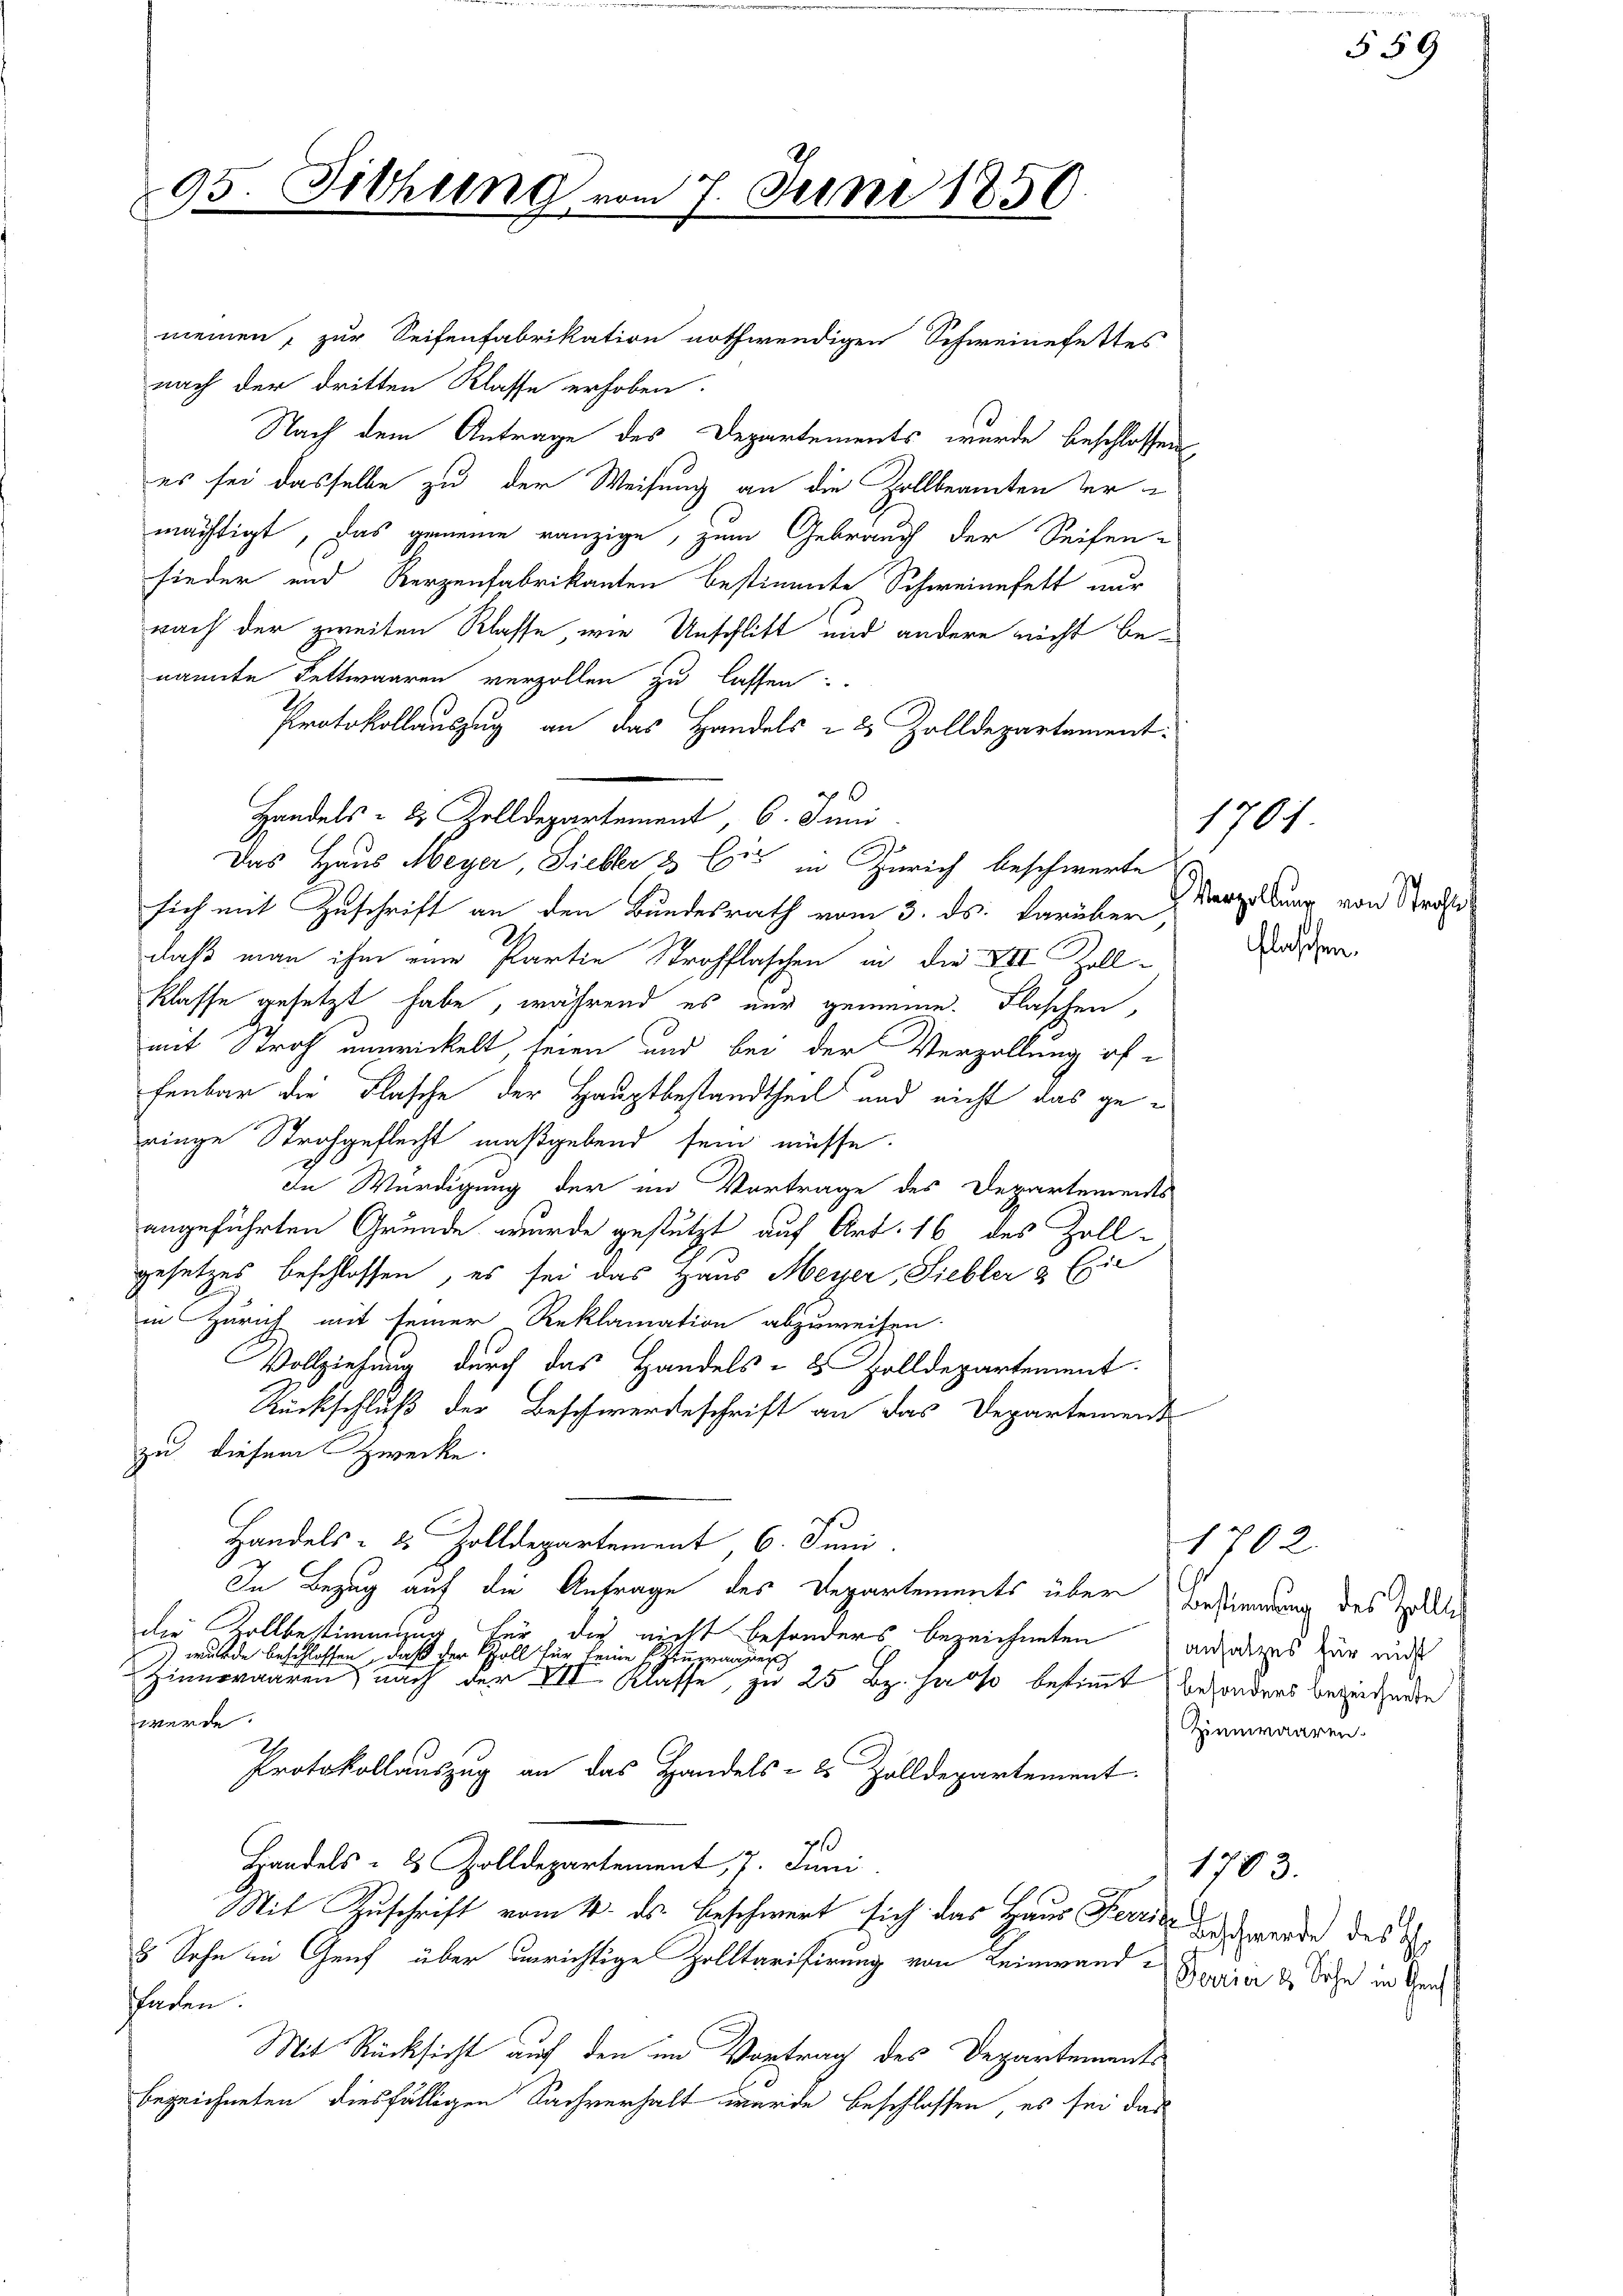
meinen, zur Seifenfabrikation nothwendigen Schweinefettes
nach der dritten Klasse erhoben.
Nach dem Antrage des Departements wurde beschlossen
es sei dasselbe zu der Weisung an die Zollbeamten vermächtigt, das gemeine ranzige, zum Gebrauch der Seifen-
fieder und Kerzenfabrikanten bestimmte Schweinefett nur
nach der zweiten Klasse, wie Unschlitt und andere nicht benannte Fettwaaren verzollen zu lassen:
Protokollauszug an das Handels & 2 Zolldepartament.
Das Haus Meyer, Liebler & Eis in Zürich beschwerte
sich mit Zuschrift an den Bundesrath vom 3. ds. darüber
daß man ihm eine Partie Strohflaschen in die XII. Zollklasse gesetzt habe, während es nur gemeine Flaschen,
mit Stroh unwickelt seien und bei der Verzallung offenbar die Flasche der Hauptbestandtheil und nicht das geringe Strohgeflecht maßgebend sein müsse.
In Würdigung der im Vortrage des Departements
angeführten Gründe wurde gestützt auf Art. 16 des Zollgesetzes beschlossen, es sei das Haus Meyer, Siebler & Eie
in Zürich mit seiner Reklamation abzuweisen
Vollziehung durch das Handels- & Zolldepartement.
Rückschluß der Beschwerdeschrift an das Departement
zu diesem Zwecke.
s
Handels- 2 Zolldepartement 6. Juni
In Bezug auf die Anfrage des Departements über Befindung des Zollte
die Zollbestimmung für die nicht besonders bezeichneten
wurde beschlossen, daß der Soll für keine Eingangen
Zinneraaren nach der VII Klasse, zu 25 Bz. Joso bestimmt besonders beziehunge
werde.
Protokollauszug an das Handels- u. Zolldepartement
Handels- & Zolldepartement, 7. Juni
Mit Zuschrift vom 4. ds. beschwert sich das Haus Kerri
8 Sohn in Genf über unrichtige Zolltarifirung von Leinwand Beurier & Sohn in Gefaden.
Mit Rücksicht auf den im Vortrag des Departements
bezeichneten diesfälligen Sachverhalt wurde beschlossen, es sei das

Handels- & Zolldepartement, 6. Juni

95. Sitzung vom 7. Juni 1850.

Wergoldung von
Flaschen.

1701

59

1702.
ansatzes für nicht
Zirmwaaren.

1783.
Beschwerde des H.

echis